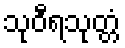
သုဝီရသုတ္တံ